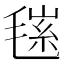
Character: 𣮽